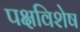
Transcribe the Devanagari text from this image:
पक्षविशेष